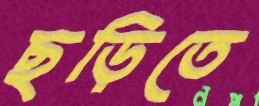
ছড়িতে